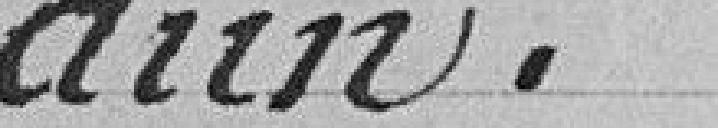
dun.